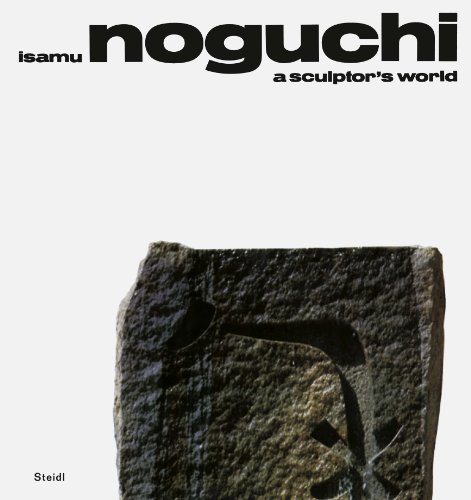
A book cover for Isamu Noguchi: A Sculptor's World; R. Buckminster Fuller; Arts & Photography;